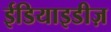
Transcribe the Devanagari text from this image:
ईडियाइडीज़